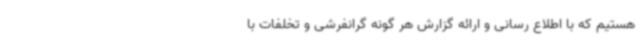
هستیم که با اطلاع رسانی و ارائه گزارش هر گونه گرانفرشی و تخلفات با